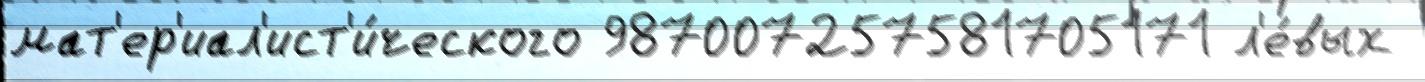
мат'ер'иал'ист'и́ческого 987007257581705171 л'е́вых